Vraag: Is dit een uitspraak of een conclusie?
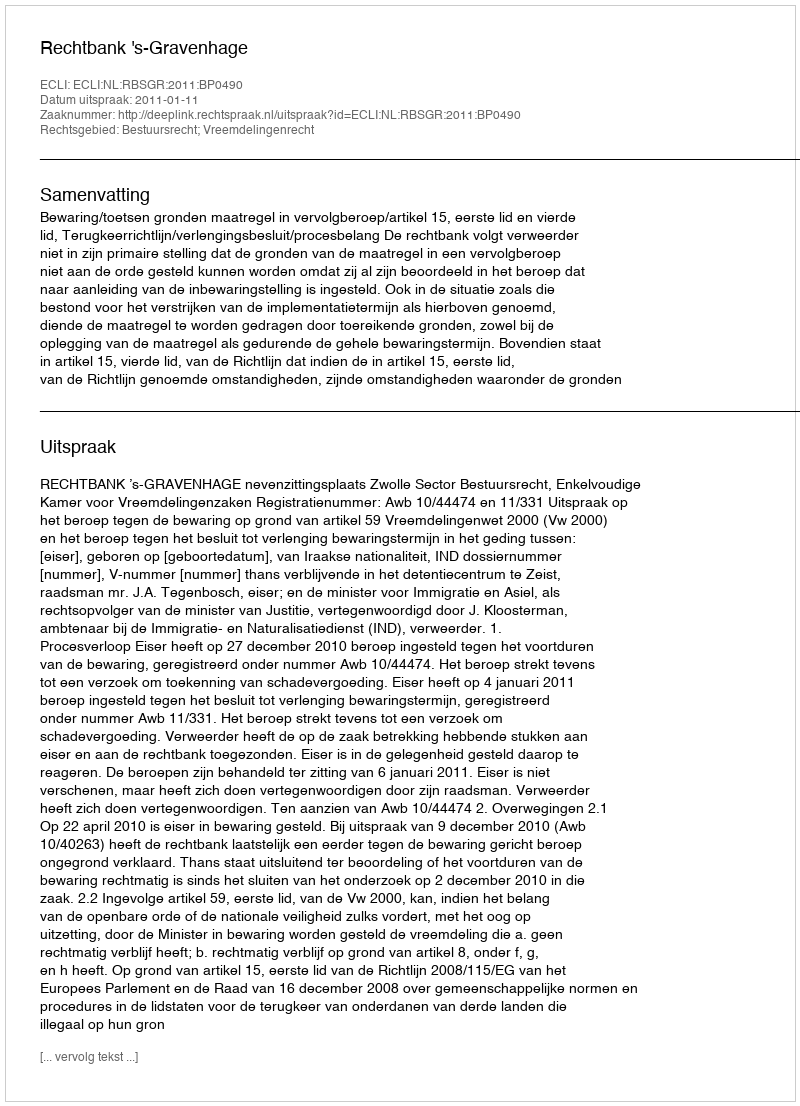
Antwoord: Uitspraak